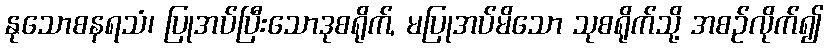
နုသောစနရသံ၊ ပြုအပ်ပြီးသောဒုစရိုက်, မပြုအပ်မိသော သုစရိုက်သို့ အစဉ်လိုက်၍